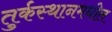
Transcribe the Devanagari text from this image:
तुर्कस्थानमधील